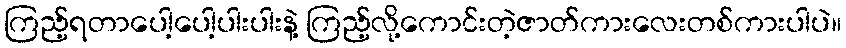
ကြည့်ရတာပေါ့ပေါ့ပါးပါးနဲ့ ကြည့်လို့ကောင်းတဲ့ဇာတ်ကားလေးတစ်ကားပါပဲ။